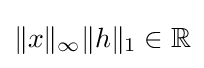
\|x\|_{\infty }\|h\|_{1}\in \mathbb {R}